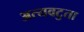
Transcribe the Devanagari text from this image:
अत्यवटुता